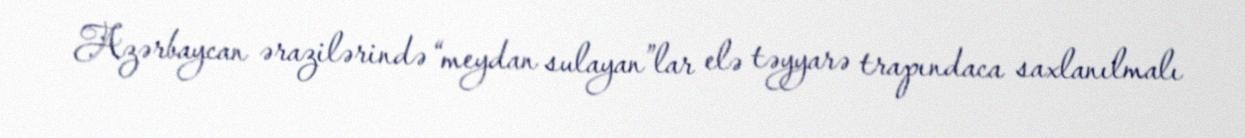
Azərbaycan ərazilərində “meydan sulayan”lar elə təyyarə trapındaca saxlanılmalı